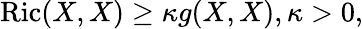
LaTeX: \operatorname{Ric}(X,X)\geq\kappa g(X,X),\kappa>0,